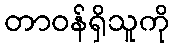
တာဝန်ရှိသူကို